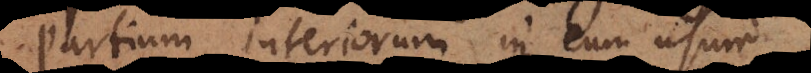
partium interiorum in eum usum